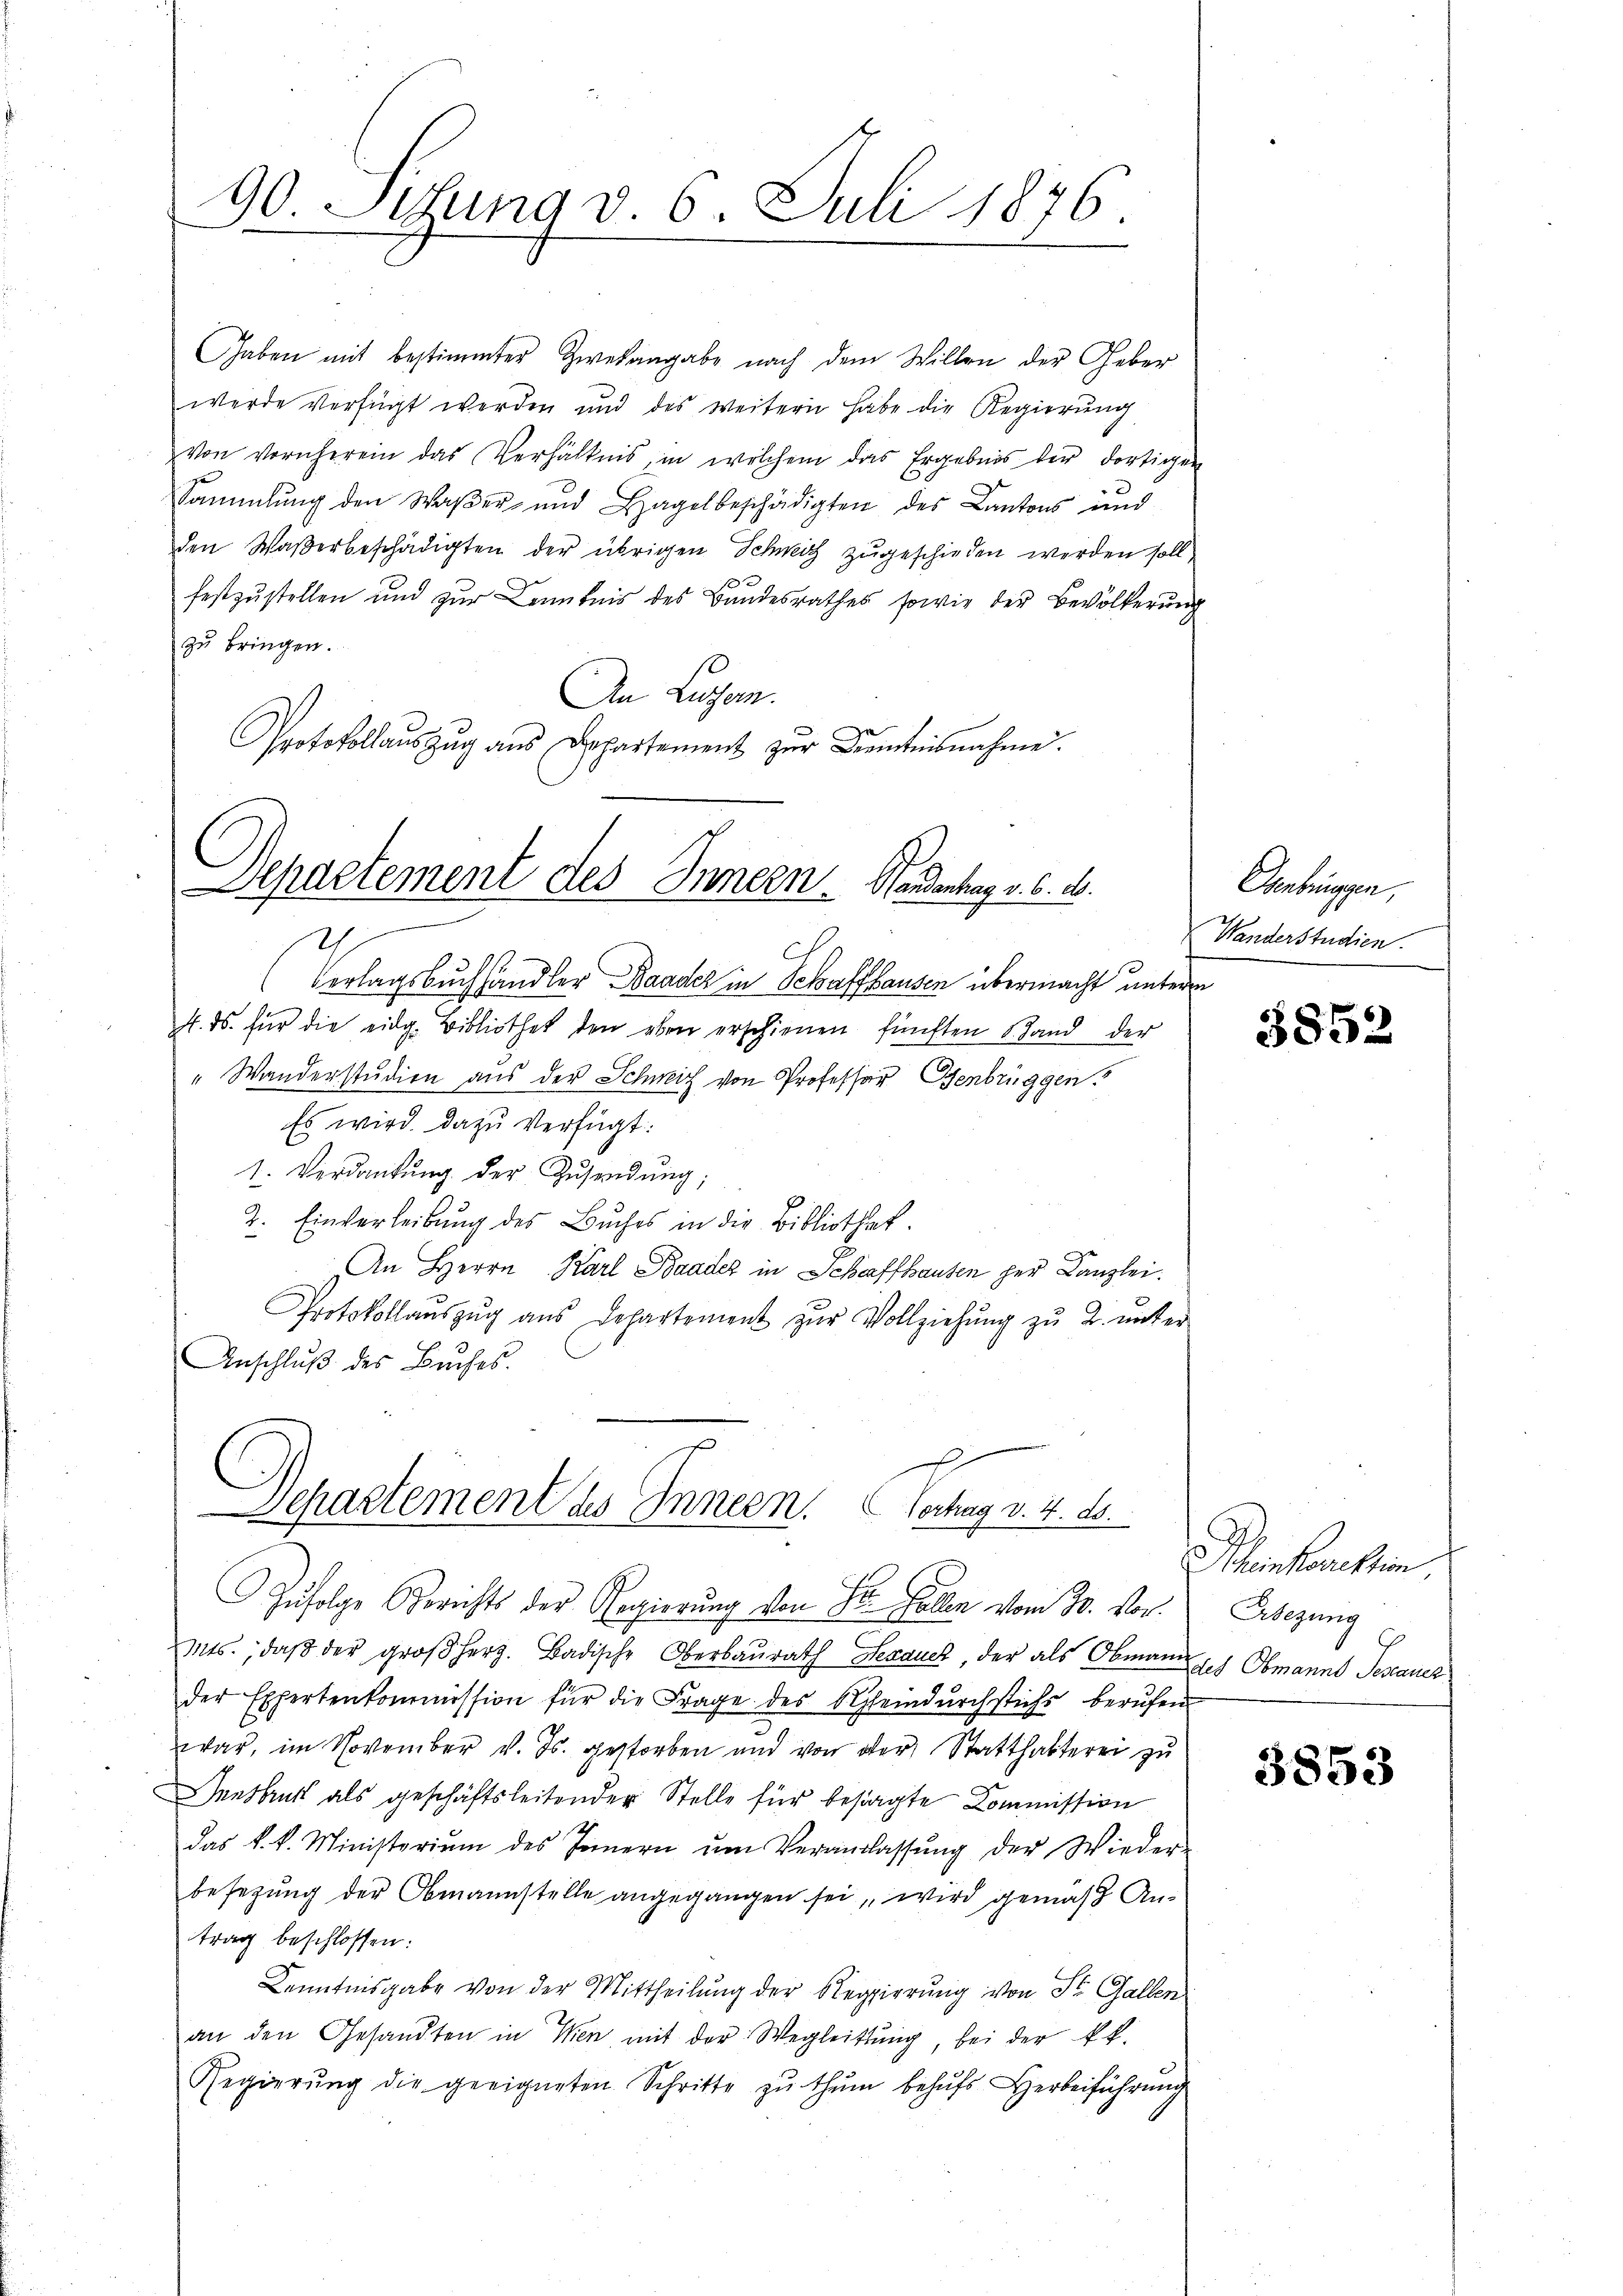
90 Jifung v. 6. Juli 1876

Gaben mit bestimmter Zwekangabe nach dem Willen der Geber
werde verfügt werden und des weitern habe die Regierung
von vornherein das Verhältnis, in welchem das Ergebnis der dortigen
Sammlung den Waßer und Hagel beschädigten des Cantons und
den Waßerbeschädigten der übrigen Schweiz zugeschieden werden soll
festzustellen und zur Kenntnis des Bandesrathes, sowie der Bevölkerung
zu bringen.
An Luzern.
Protokollauszug aus Departement zur Kenntnisnahme.

Departement des Innern. Handentag v. 6. d.

h
Ch
Verlagsbuchhändler Baader in Schaffhausen übermacht unterm
4. ds. für die eidg. Bibliothek den eben erschienen fünften Stand der
" Wanderstudien aus der Schweiz von Professor Osenbrüggen
Es wird. Dazu verfügt:
1. Verdankŭng der Zusendung;
2. Einverleibung des Buches in die Bibliothek.
An Herrn Karl Baader in Schaffhausen her Kanzlei.
Protokollaŭszŭg aŭs Departement zŭr Vollziehŭng zŭ 2. unter
Anschluß des Buches.
Zufolge Berichts der Regierung von St. Gallen vom 30. Von
Mts., daβ der großherz. Badische Oberbaŭrath Senauer, der als Obmanns Obmanns Testaues
der Expertenkommission für die Frage des Steindŭrchstichs berufen
war, im November v. Js. gestorben und von der Statthalterei zu
Innsbruck als geschäftsleitender Stelle für besagte Kommission
das k.k. Ministerium des Innern ŭm Veranlassŭng der Wieder-
besezung der Obmannstelle angegangen sei, wird gemäß Antrag beschlossen:
Kenntnisgabe von der Mittheilung der Regierung von St. Gallen
an den Gesandten in Wien, mit der Wegleitung, bei der kk.
Regierŭng die geeigneten Schritte zŭ thŭm behŭfs Herbeiführŭng

Departement des Innern. Betrag v. 4. 16.

Genbrüggen,
Wanderstudien.

3852

Gu
heinkorrektion,
Ersezung

3853